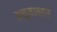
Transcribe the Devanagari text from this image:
अनुमानास